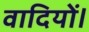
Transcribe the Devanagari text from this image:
वादियों।